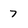
Character: 7